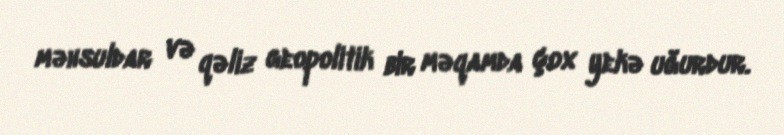
məhsuldar və qəliz geopolitik bir məqamda çox yekə uğurdur.